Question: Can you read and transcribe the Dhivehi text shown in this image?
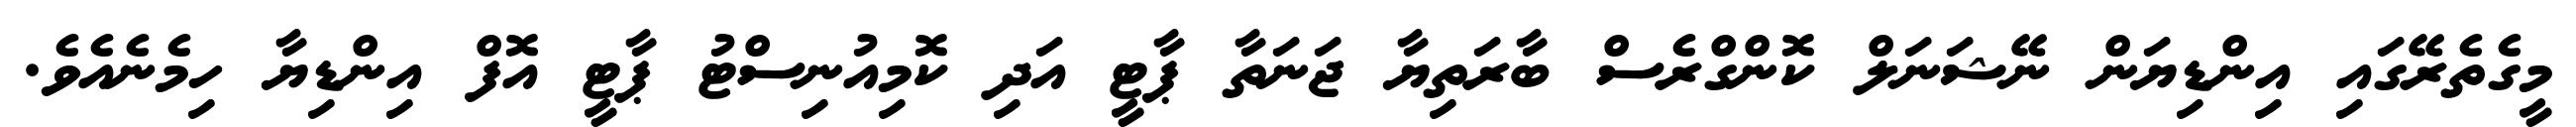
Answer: މީގެތެރޭގައި އިންޑިޔަން ނޭޝަނަލް ކޮންގްރެސް ބާރަތިޔާ ޖަނަތާ ޕާޓީ އަދި ކޮމިއުނިސްޓު ޕާޓީ އޮފް އިންޑިޔާ ހިމެނެއެވެ.